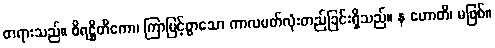
တရားသည်။ စိရဋ္ဌိတိကော၊ ကြာမြင့်စွာသော ကာလပတ်လုံးတည်ခြင်းရှိသည်။ န ဟောတိ၊ မဖြစ်။